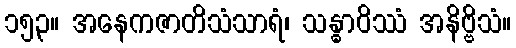
၁၅၃။ အနေကဇာတိသံသာရံ၊ သန္ဓာဝိဿံ အနိဗ္ဗိသံ။